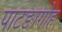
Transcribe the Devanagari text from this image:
पाटङागोह